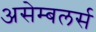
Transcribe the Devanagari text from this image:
असेम्बलर्स